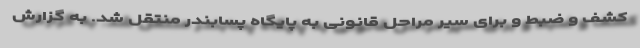
کشف و ضبط و برای سیر مراحل قانونی به پایگاه پسابندر منتقل شد. به گزارش